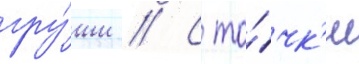
гру́ши // С то́чк'и